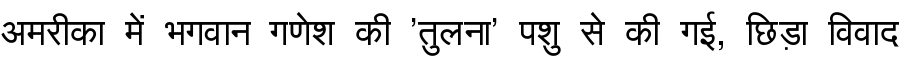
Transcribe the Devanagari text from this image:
अमरीका में भगवान गणेश की 'तुलना' पशु से की गई, छिड़ा विवाद